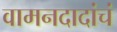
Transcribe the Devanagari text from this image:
वामनदादांचं